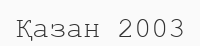
Қазан 2003